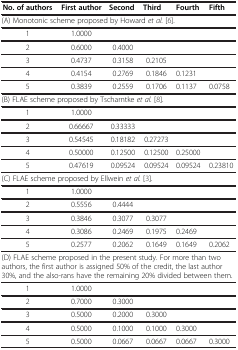
| No. of authors | First author | Second | Third | Fourth | Fifth |
 | --- | --- | --- | --- | --- | --- |
 | <COLSPAN=6> (A) Monotonic scheme proposed by Howard et al.[6]. |
 | 1 | 1.0000 |  |  |  |  |
 | 2 | 0.6000 | 0.4000 |  |  |  |
 | 3 | 0.4737 | 0.3158 | 0.2105 |  |  |
 | 4 | 0.4154 | 0.2769 | 0.1846 | 0.1231 |  |
 | 5 | 0.3839 | 0.2559 | 0.1706 | 0.1137 | 0.0758 |
 | <COLSPAN=6> (B) FLAE scheme proposed by Tscharntke et al.[8]. |
 | 1 | 1.0000 |  |  |  |  |
 | 2 | 0.66667 | 0.33333 |  |  |  |
 | 3 | 0.54545 | 0.18182 | 0.27273 |  |  |
 | 4 | 0.50000 | 0.12500 | 0.12500 | 0.25000 |  |
 | 5 | 0.47619 | 0.09524 | 0.09524 | 0.09524 | 0.23810 |
 | <COLSPAN=6> (C) FLAE scheme proposed by Ellwein et al.[3]. |
 | 1 | 1.0000 |  |  |  |  |
 | 2 | 0.5556 | 0.4444 |  |  |  |
 | 3 | 0.3846 | 0.3077 | 0.3077 |  |  |
 | 4 | 0.3086 | 0.2469 | 0.1975 | 0.2469 |  |
 | 5 | 0.2577 | 0.2062 | 0.1649 | 0.1649 | 0.2062 |
 | <COLSPAN=6> (D) FLAE scheme proposed in the present study. For more than two authors, the first author is assigned 50% of the credit, the last author 30%, and the also-rans have the remaining 20% divided between them. |
 | 1 | 1.0000 |  |  |  |  |
 | 2 | 0.7000 | 0.3000 |  |  |  |
 | 3 | 0.5000 | 0.2000 | 0.3000 |  |  |
 | 4 | 0.5000 | 0.1000 | 0.1000 | 0.3000 |  |
 | 5 | 0.5000 | 0.0667 | 0.0667 | 0.0667 | 0.3000 |